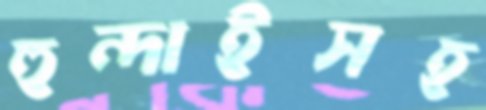
হুন্দাইসহ